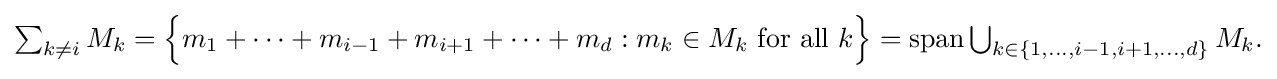
{\textstyle \sum _{k\neq i}M_{k}={\Big \{}m_{1}+\cdots +m_{i-1}+m_{i+1}+\cdots +m_{d}:m_{k}\in M_{k}{\text{ for all }}k{\Big \}}=\operatorname {span} \bigcup _{k\in \{1,\ldots ,i-1,i+1,\ldots ,d\}}M_{k}.}